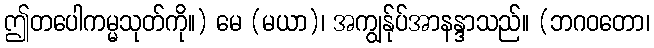
ဤတပေါကမ္မသုတ်ကို။) မေ (မယာ)၊ အကျွန်ုပ်အာနန္ဒာသည်။ (ဘဂဝတော၊